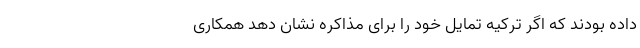
داده بودند که اگر ترکیه تمایل خود را برای مذاکره نشان دهد همکاری